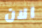
الان